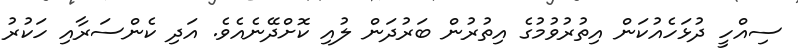
ސިއްހީ ދުޅަހެއުކަން އިތުރުވުމުގެ އިތުރުން ބަރުދަން ލުއި ކޮށްދޭނެއެވެ. އަދި ކެންސަރާއި ހަކުރު